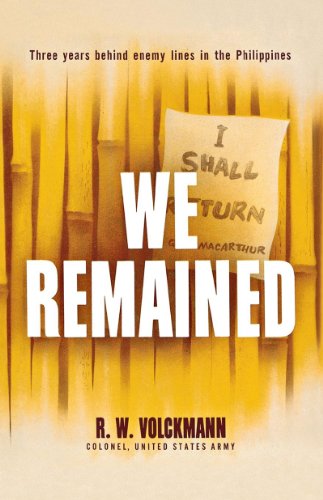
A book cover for We Remained: Three Years Behind Enemy Lines in the Philippines; R. W. Volckmann; History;